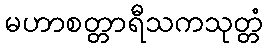
မဟာစတ္တာရီသကသုတ္တံ